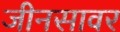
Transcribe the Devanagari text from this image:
जीनसावर